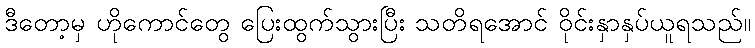
ဒီတော့မှ ဟိုကောင်တွေ ပြေးထွက်သွားပြီး သတိရအောင် ဝိုင်းနှာနှပ်ယူရသည်။